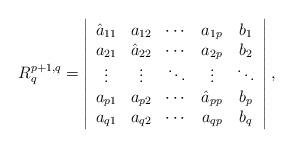
LaTeX: \begin{align*}R_q^{p+1,q}=\left|\begin{array}{ccccc}\hat{a}_{11}&a_{12}&\cdots&a_{1p}&b_1 \\a_{21}& \hat{a}_{22}&\cdots& a_{2p} &b_2\\\vdots&\vdots&\ddots&\vdots &\ddots\\a_{p1}& a_{p2}&\cdots&\hat {a}_{pp}&b_p\\a_{q1}& a_{q2}&\cdots&a_{qp}&b_q\\\end{array}\right| ,\end{align*}